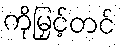
ကိုမြှင့်တင်